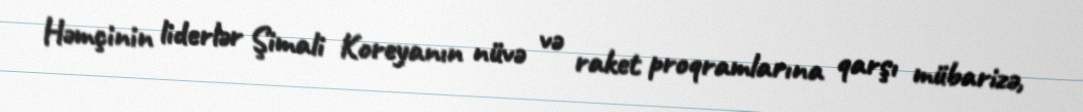
Həmçinin liderlər Şimali Koreyanın nüvə və raket proqramlarına qarşı mübarizə,